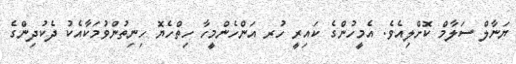
ޔަނާލް ސަލާމް ކޮށްލިއެވެ. އެމީހުންގެ ކައިރީ ހުރ އަންހެންމީހާ ހިތްހެޔޮ ހިނިތުންވުމަކާއެކު ދެކުދިންގެ